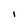
Character: I